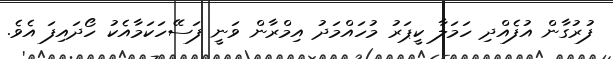
ފުރުގާން އުފެއްދި ހަމަލާ ކީޕަރު މުހައްމަދު އިމްރާން ވަނީ ފަސޭހަކަމާއެކު ހޯދައިފަ އެވެ.